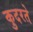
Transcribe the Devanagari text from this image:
कुदरते